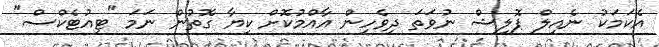
އެކަމަކު ނެއިލް ޕޮލިޝް ނުވަތަ ދިވެހިން އާއްމުކޮށް ކިޔާ ގޮތުން ނަމަ "ޓިއުޓެކްސް"